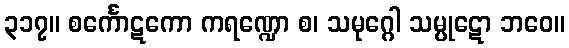
၃၁၇။ စင်္ကောဋကော ကရဏ္ဍော စ၊ သမုဂ္ဂေါ သမ္ပုဋော ဘဝေ။